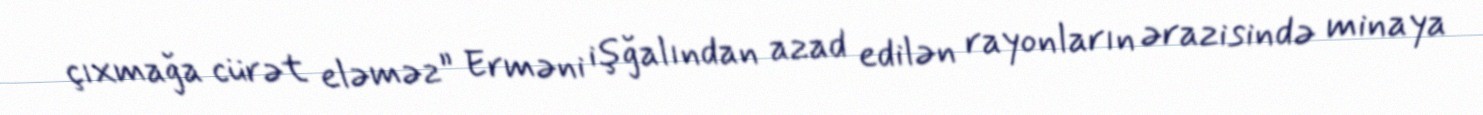
çıxmağa cürət eləməz” Erməni işğalından azad edilən rayonların ərazisində minaya